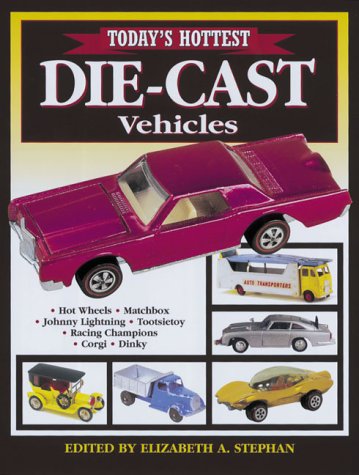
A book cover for Today's Hottest Die-Cast; Crafts, Hobbies & Home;